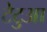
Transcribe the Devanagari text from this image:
टेटुआ